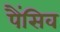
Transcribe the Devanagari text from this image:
पैंसिव